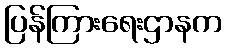
ပြန်ကြားရေးဌာနက